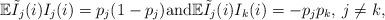
LaTeX: \begin{align*} \mathbb{E}\tilde{I}_j(i)I_j(i)=p_j(1-p_j) \mbox{and} \mathbb{E}\tilde{I}_j(i)I_k(i)=-p_jp_k, \: j\not=k,\end{align*}